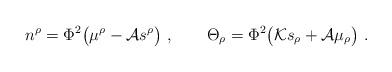
\begin{align*}n^\rho=\Phi^2\big(\mu^\rho -{\cal A} s^\rho\big)\ ,\qquad \Theta_\rho=\Phi^2\big( {\cal K}s_\rho + {\cal A} \mu_\rho\big) \ . \end{align*}